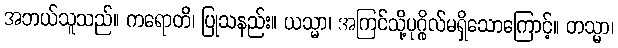
အဘယ်သူသည်။ ကရောတိ၊ ပြုသနည်း။ ယသ္မာ၊ အကြင်သို့ပုဂ္ဂိုလ်မရှိသောကြောင့်။ တသ္မာ၊